Vaccine operations Central Provinces 1886-1899 - 1886-1899
Year: 1886
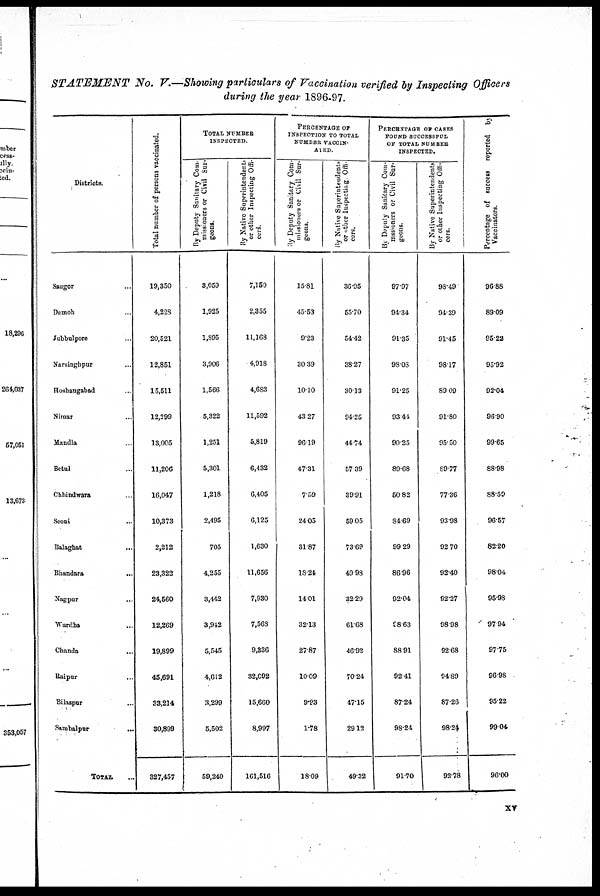
STATEMENT No. V.—Showing particulars of Vaccination verified by Inspecting Officers
during the year 1896-97.
Districts.
Saugor ...
Damoh ...
Jubbulpore ...
Narsinghpur ...
Hoshangabad ...
Nimar ...
Mandla ...
Betul ...
Chhindwara ...
Seoni ...
Balaghat
...
Bhandara
...
Nagpur ...
Wardha ...
Chanda ...
Raipur ...
Bilaspur ...
Sambalpur ...
TOTAL ...
Total number of persons vaccinated.
19,350
4,228
20,521
12,851
15,511
12,299
13,005
11,206
16,047
10,373
2,212
23,322
24,560
12,269
19,899
45,691
33,214
30,899
327,457
TOTAL NUMBER
INSPECTED.
By Deputy Sanitary Com
missioners or Civil Sur¬
geons.
3,059
1,925
1,895
3,906
1,566
5,322
1,251
5,301
1,218
2,495
705
4,255
3,442
3,942
5,545
4,612
3,299
5,502
59,240
By Native Superintendent
or other Inspecting Offi-
cers.
7,150
2,355
11,168
4,918
4,683
11,592
5,819
6,432
6,405
6,125
1,630
11,656
7,930
7,568
9,336
32,092
15,660
8,997
161,516
PERCENTAGE OF
INSPECTION TO TOTAL
NUMBER VACCIN¬
ATED.
By Deputy Sanitary Com¬
missioners or Civil Sur-
geons.
15.81
45.53
9.23
30.39
10.10
43.27
96.19
47.31
7.59
24.05
31.87
18.24
14.01
32.13
27.87
10.09
9.93
1.78
18.09
My Native Superintendents
or other Inspecting Offi-
cers.
36.95
55.70
54.42
38.27
30.13
94.25
44.74
57.39
39.91
59.05
73.69
49.93
32.29
61.68
46.92
70.24
47.15
29.12
49.32
PERCENTAGE OF CASES
FOUND SUCCESSFUL
OF TOTAL NUMBER
INSPECTED.
By Deputy Sanitary Com¬
mssioners or Civil Sur-
geons.
97.97
94.34
91.35
98.03
91.25
93.44
90.25
89.68
50.82
84.69
99.29
86.96
92.04
68.63
88.91
92.41
87.24
98.24
91.70
By Native Superintendents
or other Inspecting Offi-
cers.
98.49
94.39
91.45
98.17
89.09
91.80
95.50
89.77
77.36
93.98
92.70
92.40
92.27
98.98
92.68
94.89
87.26
98.24
92.78
Percentage of success reported by
Vaccinators.
96.88
89.09
95.22
95.92
92.04
96.90
99.65
88.98
88.59
96.57
82.20
98.04
95.98
97.94
97.75
96.98
95.22
99.04
96.00
xv